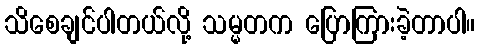
သိစေချင်ပါတယ်လို့ သမ္မတက ပြောကြားခဲ့တာပါ။